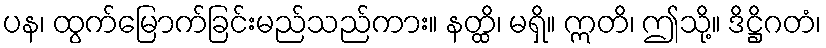
ပန၊ ထွက်မြောက်ခြင်းမည်သည်ကား။ နတ္ထိ၊ မရှိ။ ဣတိ၊ ဤသို့။ ဒိဋ္ဌိဂတံ၊